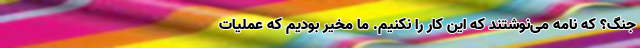
جنگ؟ که نامه می‌نوشتند که این کار را نکنیم. ما مخیر بودیم که عملیات